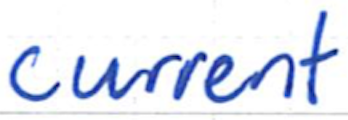
Text: current
Cross-out: clean
Writing tool: ballpoint